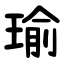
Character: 瑜